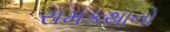
રામકથાનો